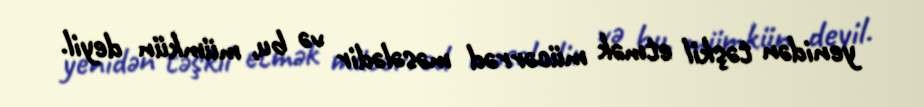
yenidən təşkil etmək mücərrəd məsələdir və bu, mümkün deyil.